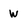
Character: w